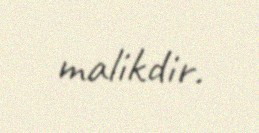
malikdir.